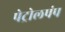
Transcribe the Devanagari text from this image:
पेट्रोलपंप